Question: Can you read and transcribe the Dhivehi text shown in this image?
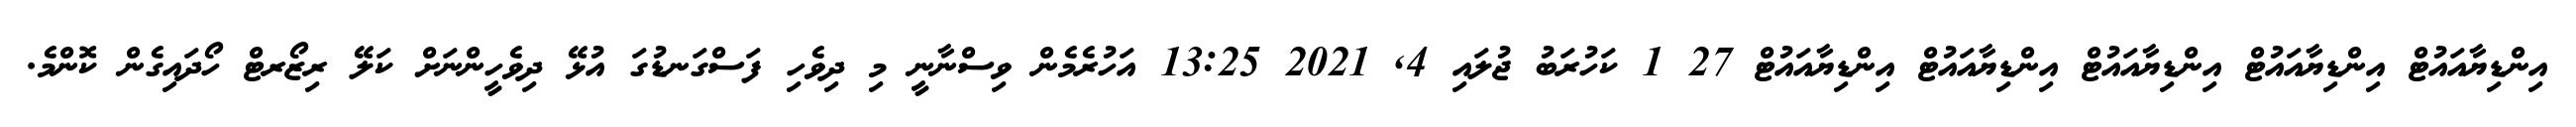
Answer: އިންޑިޔާއައުޓް އިންޑިޔާއައުޓް އިންޑިޔާއައުޓް އިންޑިޔާއައުޓް އިންޑިޔާއައުޓް 27 1 ކަހުރަބު ޖުލައި 4, 2021 13:25 އަހުރެމެން ވިސްނާނީ މި ދިވެހި ފަސްގަނޑުގަ އުޅޭ ދިވެހީންނަށް ކަލޭ ރިޒޯރޓް ހޯދައިގެން ކޮންމެ.